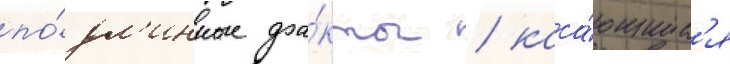
по́дл'инные фа́кты / каса́ющиес'я